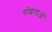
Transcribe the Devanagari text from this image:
गोशलाओं